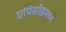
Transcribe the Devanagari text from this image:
एपिसोडमध्ये